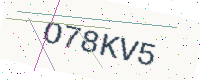
Text: O78KV5